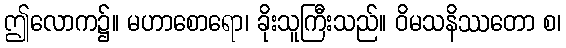
ဤလောက၌။ မဟာစောရော၊ ခိုးသူကြီးသည်။ ဝိမသနိဿတော စ၊